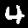
Label: 4